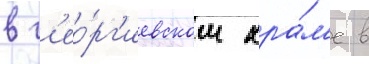
в г'ео́рг'иевском хра́м'е в